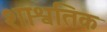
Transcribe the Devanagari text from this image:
शाश्वतिक